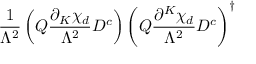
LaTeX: { \frac { 1 } { \Lambda ^ { 2 } } } \left( { Q } { \frac { \partial _ { K } \chi _ { d } } { \Lambda ^ { 2 } } } D ^ { c } \right) \left( { Q } { \frac { \partial ^ { K } \chi _ { d } } { \Lambda ^ { 2 } } } D ^ { c } \right) ^ { \dagger }